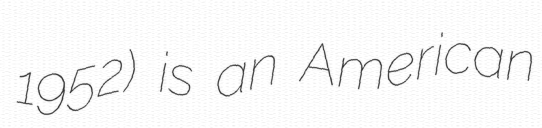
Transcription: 1952) is an American